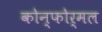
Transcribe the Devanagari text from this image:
कोन्फोर्मल